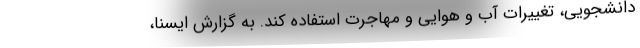
دانشجویی، تغییرات آب و هوایی و مهاجرت استفاده کند. به گزارش ایسنا،